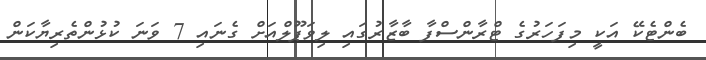
ބެންޓެކޭ އަކީ މިފަހަރުގެ ޓްރާންސްފާ ބާޒާރުގައި ލިވަޕޫލްއަށް ގެނައި 7 ވަނަ ކުޅުންތެރިޔާކަން